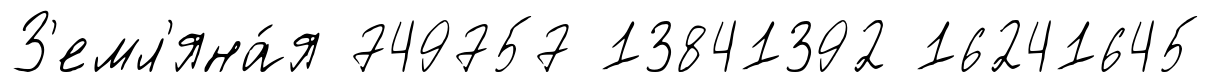
З'емл'яна́я 749757 13841392 16241645